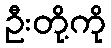
ဦးတို့ကို